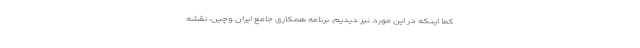
کما اینکه در این مورد نیز دیدیم. برنامه همکاری جامع ایران وچین، نقشه